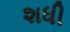
શધી